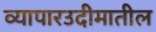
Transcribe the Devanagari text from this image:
व्यापारउदीमातील